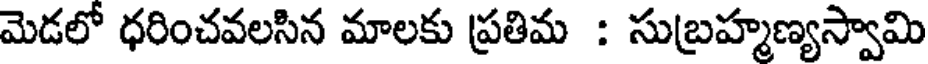
మెడలో ధరించవలసిన మాలకు ప్రతిమ : సుబ్రహ్మణ్యస్వామి